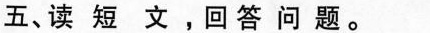
五、读短文，回答问题。